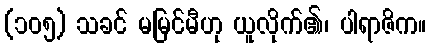
(၁၀၅) သခင် မမြင်မီဟု ယူလိုက်၏၊ ပါရာဇိက။